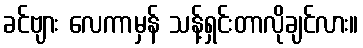
ခင်ဗျား လေကာမှန် သန့်ရှင်းတာလိုချင်လား။